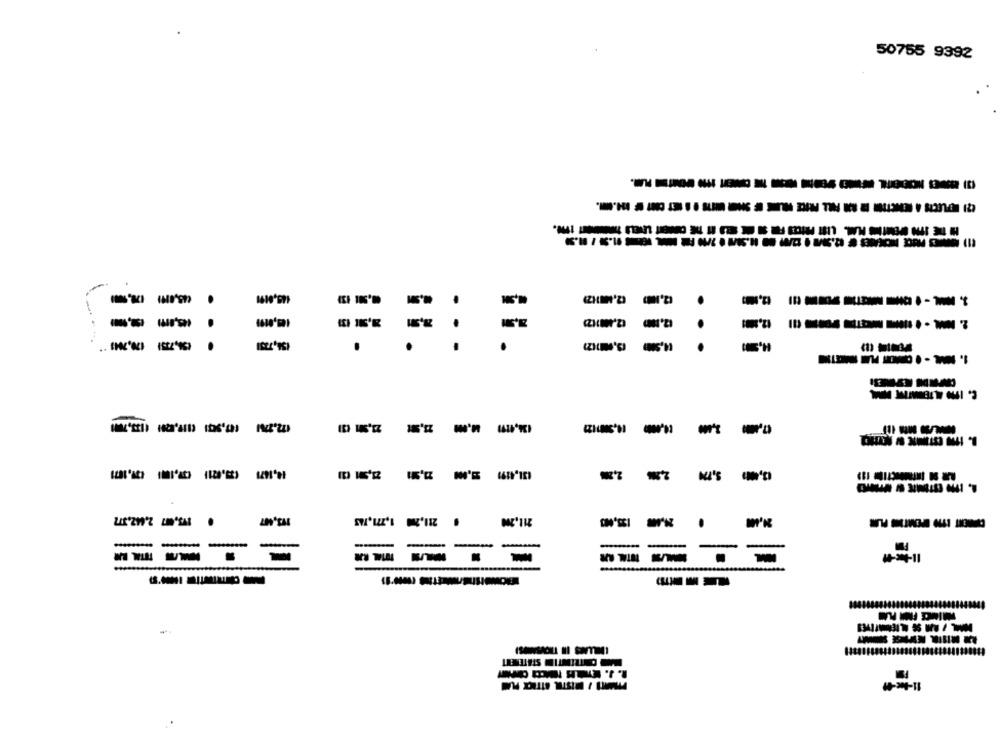
50755 9992
--------------------
---
.
.
.
NI'S
LOCAL
-
-
---
----- -